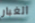
الغبار